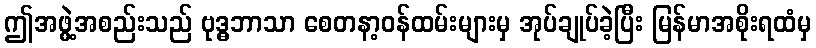
ဤအဖွဲ့အစည်းသည် ဗုဒ္ဓဘာသာ စေတနာ့ဝန်ထမ်းများမှ အုပ်ချုပ်ခဲ့ပြီး မြန်မာအစိုးရထံမှ